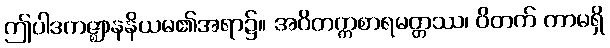
ဤပါဒကဇ္ဈာနနိယမ၏အရာ၌။ အဝိတက္ကစာရမတ္တဿ၊ ဝိတက် ကာမရှိ